Plague in India, 1896, 1897 - Volume 3
Year: 1896
Disease focus: Plague
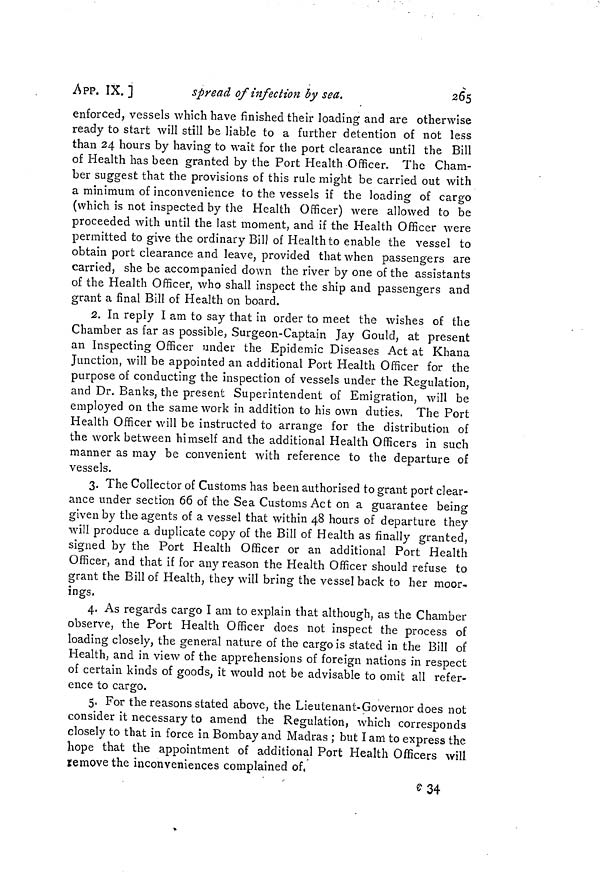
APP. IX. ]
spread of infection by sea.
265
enforced, vessels which have finished their loading and are otherwise
ready to start will still be liable to a further detention of not less
than 24 hours by having to wait for the port clearance until the Bill
of Health has been granted by the Port Health Officer. The Cham-
ber suggest that the provisions of this rule might be carried out with
a minimum of inconvenience to the vessels if the loading of cargo
(which is not inspected by the Health Officer) were allowed to be
proceeded with until the last moment, and if the Health Officer were
permitted to give the ordinary Bill of Health to enable the vessel to
obtain port clearance and leave, provided that when passengers are
carried, she be accompanied down the river by one of the assistants
of the Health Officer, who shall inspect the ship and passengers and
grant a final Bill of Health on board.
2. In reply I am to say that in order to meet the wishes of the
Chamber as far as possible, Surgeon-Captain Jay Gould, at present
an Inspecting Officer under the Epidemic Diseases Act at Khana
Junction, will be appointed an additional Port Health Officer for the
purpose of conducting the inspection of vessels under the Regulation,
and Dr. Banks, the present Superintendent of Emigration, will be
employed on the same work in addition to his own duties. The Port
Health Officer will be instructed to arrange for the distribution of
the work between himself and the additional Health Officers in such
manner as may be convenient with reference to the departure of
vessels.
3. The Collector of Customs has been authorised to grant port clear-
ance under section 66 of the Sea Customs Act on a guarantee being
given by the agents of a vessel that within 48 hours of departure they
will produce a duplicate copy of the Bill of Health as finally granted,
signed by the Port Health Officer or an additional Port Health
Officer, and that if for any reason the Health Officer should refuse to
grant the Bill of Health, they will bring the vessel back to her moor-
ings.
4. As regards cargo I am to explain that although, as the Chamber
observe, the Port Health Officer does not inspect the process of
loading closely, the general nature of the cargo is stated in the Bill oí
Health, and in view of the apprehensions of foreign nations in respect
of certain kinds of goods, it would not be advisable to omit all refer-
ence to cargo.
5. For the reasons stated above, the Lieutenant-Governor does not
consider it necessary to amend the Regulation, which corresponds
closely to that in force in Bombay and Madras ; but lam to express the
hope that the appointment of additional Port Health Officers will
remove the inconveniences complained of,
c 34